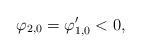
LaTeX: \begin{align*} \varphi_{2,0}=\varphi_{1,0}'<0, \end{align*}